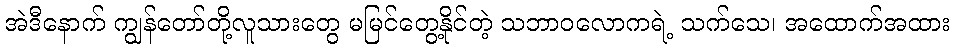
အဲဒီနောက် ကျွန်တော်တို့လူသားတွေ မမြင်တွေ့နိုင်တဲ့ သဘာဝလောကရဲ့ သက်သေ၊ အထောက်အထား